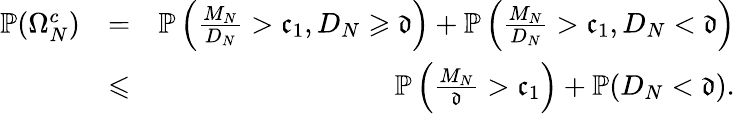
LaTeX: \begin{array}{rlr}{\mathbb P(\Omega_{N}^{c})}&{=}&{\mathbb P\left(\frac{M_{N}}{D_{N}}>\mathfrak c_{1},D_{N}\geqslant\mathfrak d\right)+\mathbb P\left(\frac{M_{N}}{D_{N}}>\mathfrak c_{1},D_{N}<\mathfrak d\right)}\\ &{\leqslant}&{\mathbb P\left(\frac{M_{N}}{\mathfrak d}>\mathfrak c_{1}\right)+\mathbb P(D_{N}<\mathfrak d).}\end{array}